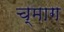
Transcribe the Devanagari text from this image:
च्माग